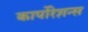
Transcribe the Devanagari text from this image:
कार्पोरेशन्स